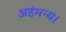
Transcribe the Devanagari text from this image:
अहंमन्य।